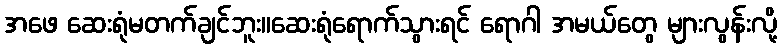
အဖေ ဆေးရုံမတက်ချင်ဘူး။ဆေးရုံရောက်သွားရင် ရောဂါ အမယ်တွေ များလွန်းလို့